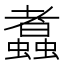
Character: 䘄